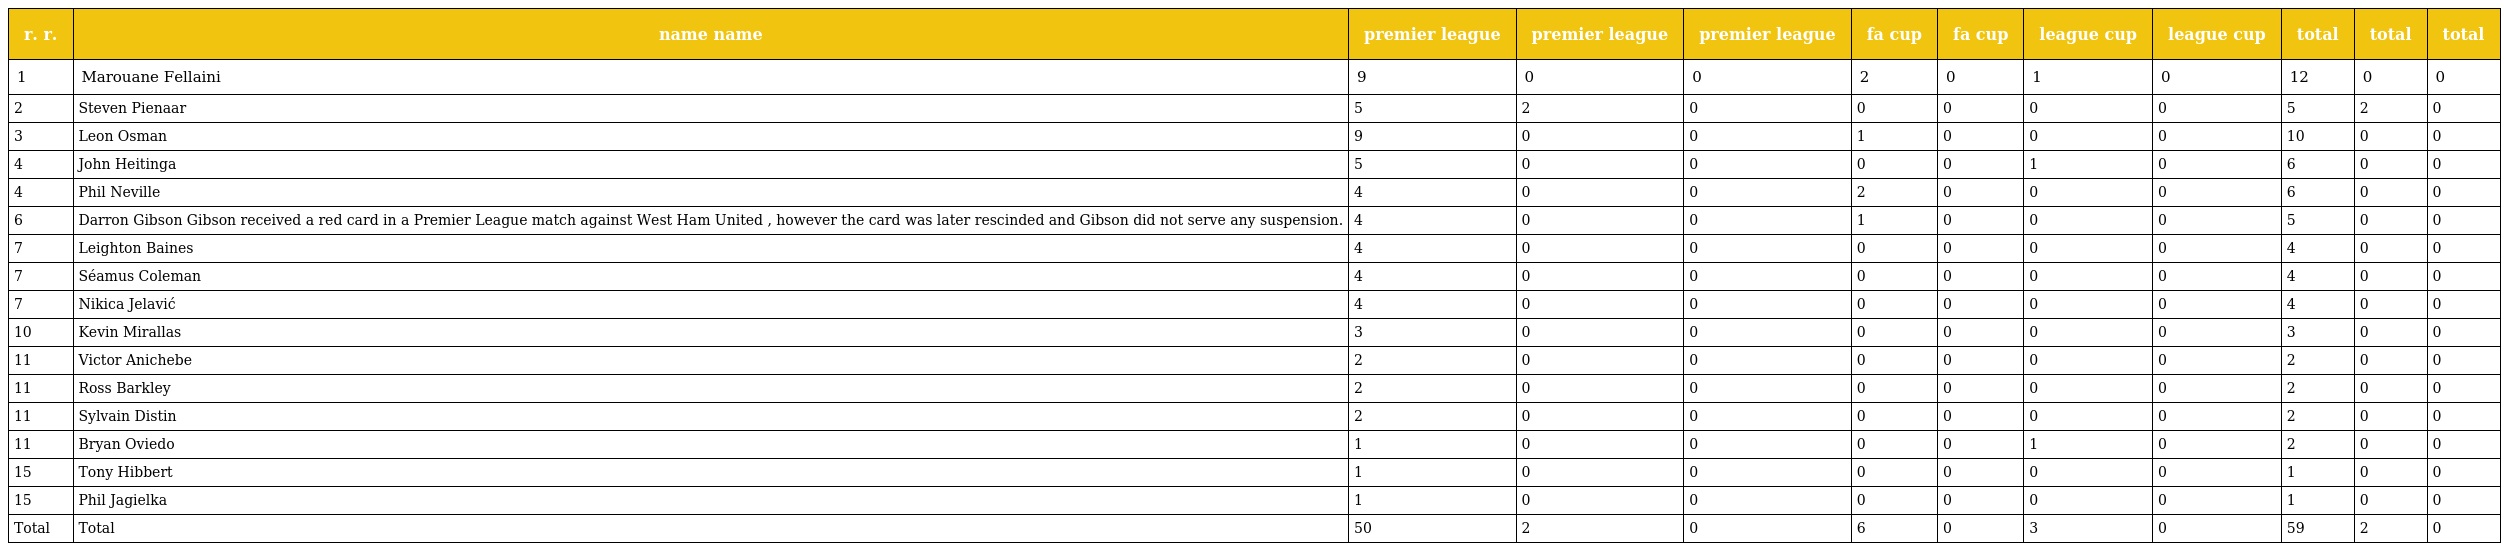
| r. r. | name name | premier league | premier league | premier league | fa cup | fa cup | league cup | league cup | total | total | total |
 | --- | --- | --- | --- | --- | --- | --- | --- | --- | --- | --- | --- |
 | 1 | Marouane Fellaini | 9 | 0 | 0 | 2 | 0 | 1 | 0 | 12 | 0 | 0 |
 | 2 | Steven Pienaar | 5 | 2 | 0 | 0 | 0 | 0 | 0 | 5 | 2 | 0 |
 | 3 | Leon Osman | 9 | 0 | 0 | 1 | 0 | 0 | 0 | 10 | 0 | 0 |
 | 4 | John Heitinga | 5 | 0 | 0 | 0 | 0 | 1 | 0 | 6 | 0 | 0 |
 | 4 | Phil Neville | 4 | 0 | 0 | 2 | 0 | 0 | 0 | 6 | 0 | 0 |
 | 6 | Darron Gibson Gibson received a red card in a Premier League match against West Ham United , however the card was later rescinded and Gibson did not serve any suspension. | 4 | 0 | 0 | 1 | 0 | 0 | 0 | 5 | 0 | 0 |
 | 7 | Leighton Baines | 4 | 0 | 0 | 0 | 0 | 0 | 0 | 4 | 0 | 0 |
 | 7 | Séamus Coleman | 4 | 0 | 0 | 0 | 0 | 0 | 0 | 4 | 0 | 0 |
 | 7 | Nikica Jelavić | 4 | 0 | 0 | 0 | 0 | 0 | 0 | 4 | 0 | 0 |
 | 10 | Kevin Mirallas | 3 | 0 | 0 | 0 | 0 | 0 | 0 | 3 | 0 | 0 |
 | 11 | Victor Anichebe | 2 | 0 | 0 | 0 | 0 | 0 | 0 | 2 | 0 | 0 |
 | 11 | Ross Barkley | 2 | 0 | 0 | 0 | 0 | 0 | 0 | 2 | 0 | 0 |
 | 11 | Sylvain Distin | 2 | 0 | 0 | 0 | 0 | 0 | 0 | 2 | 0 | 0 |
 | 11 | Bryan Oviedo | 1 | 0 | 0 | 0 | 0 | 1 | 0 | 2 | 0 | 0 |
 | 15 | Tony Hibbert | 1 | 0 | 0 | 0 | 0 | 0 | 0 | 1 | 0 | 0 |
 | 15 | Phil Jagielka | 1 | 0 | 0 | 0 | 0 | 0 | 0 | 1 | 0 | 0 |
 | Total | Total | 50 | 2 | 0 | 6 | 0 | 3 | 0 | 59 | 2 | 0 |